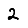
Digit: 2